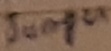
Text: Jumper